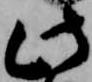
此